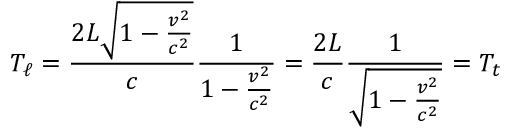
T _ { \ell } = { \frac { 2 L { \sqrt { 1 - { \frac { v ^ { 2 } } { c ^ { 2 } } } } } } { c } } { \frac { 1 } { 1 - { \frac { v ^ { 2 } } { c ^ { 2 } } } } } = { \frac { 2 L } { c } } { \frac { 1 } { \sqrt { 1 - { \frac { v ^ { 2 } } { c ^ { 2 } } } } } } = T _ { t }